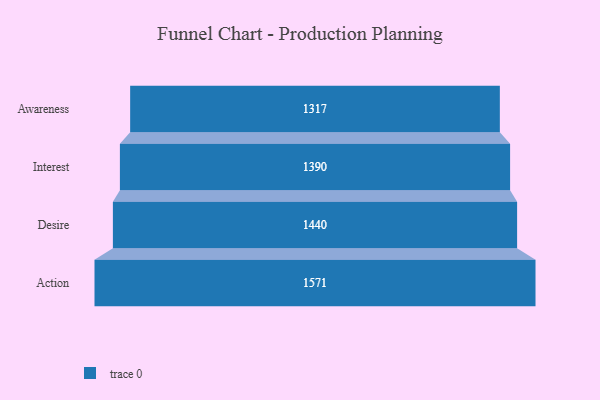
{"axis": {"x": "Stage", "y": "Value"}, "legend": [""], "data": [{"x": "Awareness", "y": 1317.0, "type": ""}, {"x": "Interest", "y": 1390.0, "type": ""}, {"x": "Desire", "y": 1440.0, "type": ""}, {"x": "Action", "y": 1571.0, "type": ""}]}